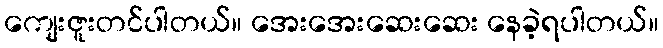
ကျေးဇူးတင်ပါတယ်။ အေးအေးဆေးဆေး နေခဲ့ရပါတယ်။